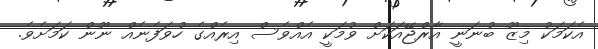
އެކަމަކު މިޒޫ ބުނަނީ އާރްޖޭއަކަށް ވުމަކީ އެއްވެސް އިރެއްގެ ހުވަފެނެއް ނޫން ކަމަށެވެ.